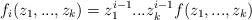
LaTeX: \begin{align*}f_i(z_1,...,z_k)=z_1^{i-1}...z_k^{i-1}f(z_1,...,z_k) \end{align*}